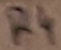
Text: R4